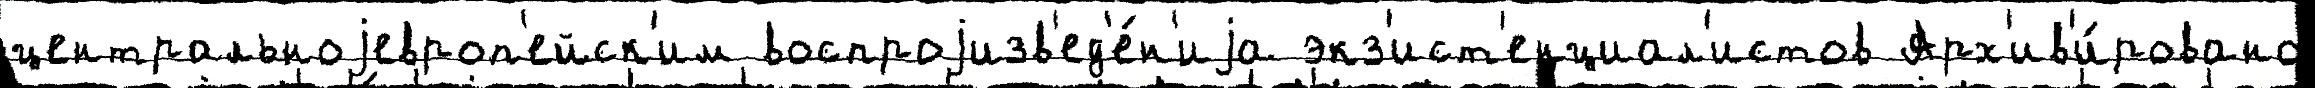
центральноjевроп'ейск'им воспроjизв'ед'е́н'иjа экз'ист'енциал'истов Арх'ив'и́ровано